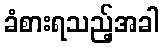
ခံစားရသည့်အခါ